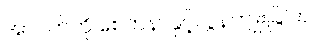
အာပတ်ကို စေတနာနှင့်လွန်ကျူးခြင်း။